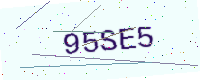
Text: 95SE5